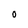
Character: 0